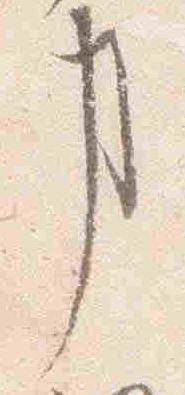
事